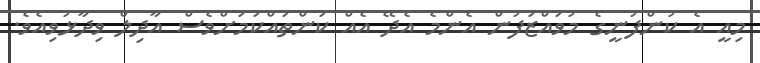
މިއީ އެ ކުންފުނީގެ މުވައްޒަފުން އެންމެ އެދޭ އެއް ކަންތައްކަމަށްވެސް އާދިލް ވިދާޅުވިއެވެ.